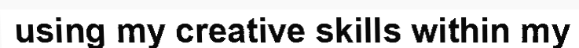
using my creative skills within my